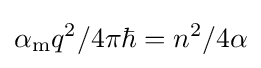
\alpha _{\text{m}}q^{2}/4\pi \hbar =n^{2}/4\alpha